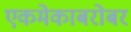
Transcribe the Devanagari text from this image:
एकमेकाबरोबर